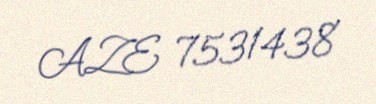
AZE 7531438